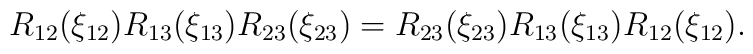
R_{12}(\xi_{12}) R_{13}(\xi_{13}) R_{23}(\xi_{23})    = R_{23}(\xi_{23}) R_{13}(\xi_{13}) R_{12}(\xi_{12}) .